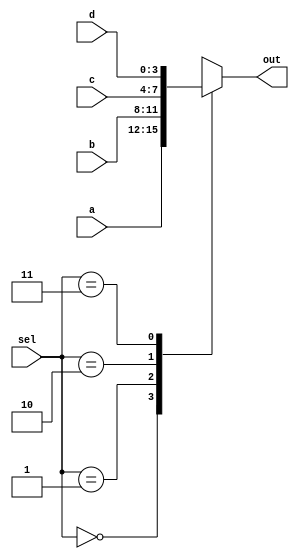
module mux4_1_4bits (a,b,c,d,sel,out);

	input [3:0] a;
	input [3:0] b;
	input [3:0] c;
	input [3:0] d;
	
	input [1:0] sel;
	
	output reg [3:0] out;
	
	always @ (a or b or c or d or sel) begin
		case(sel)
			2'b00: out <= a;
			2'b01: out <= b;
			2'b10: out <= c;
			2'b11: out <= d;
		endcase
	end

endmodule